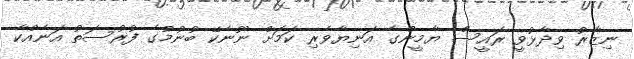
ނިޒާރު ވިދާޅުވީ ރައީސް ޔާމީންގެ އަނިޔާވެރި ކަމަށް ނޫނެކޭ ބުނުމުގެ ފުރުސަތު އަނެއްކާ